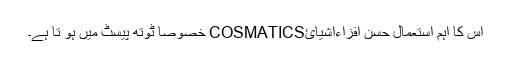
اس کا اہم استعمال حسن افزاءاشیائCOSMATICS خصوصاً ٹوتھ پیسٹ میں ہو تا ہے۔